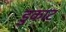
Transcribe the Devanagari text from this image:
डुकाट